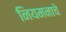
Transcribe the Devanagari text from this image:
नियमनाचे